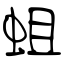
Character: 蛆